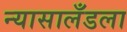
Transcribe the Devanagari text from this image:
न्यासालँडला